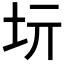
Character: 𡉨